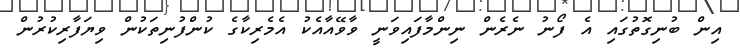
އިން ބުނިގޮތުގައި އެ ފޯނު ނެރެން ނިންމާފައިވަނީ ވާވޭއާއެކު އެމެރިކާގެ ކުންފުނިތަކުން ވިޔަފާރިކުރުން